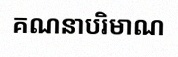
គណនាបរិមាណ